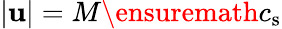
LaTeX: |\mathbf{u}|=M\ensuremath{c_{\mathrm{s}}}